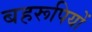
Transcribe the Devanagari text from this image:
बहरूपियों